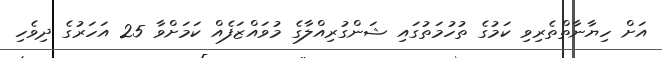
އަށް ހިޔާނާތްތެރިވި ކަމުގެ ތުހުމަތުގައި ޝަންގުރިއްލާގެ މުވައްޒަފެއް ކަމަށްވާ 25 އަހަރުގެ ދިވެހި